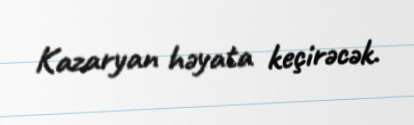
Kazaryan həyata keçirəcək.